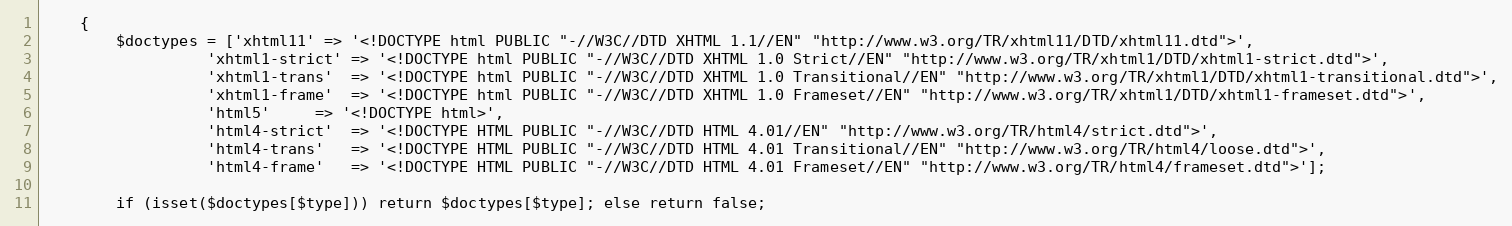
Language: PHP
    {
        $doctypes = ['xhtml11' => '<!DOCTYPE html PUBLIC "-//W3C//DTD XHTML 1.1//EN" "http://www.w3.org/TR/xhtml11/DTD/xhtml11.dtd">',
                  'xhtml1-strict' => '<!DOCTYPE html PUBLIC "-//W3C//DTD XHTML 1.0 Strict//EN" "http://www.w3.org/TR/xhtml1/DTD/xhtml1-strict.dtd">',
                  'xhtml1-trans'  => '<!DOCTYPE html PUBLIC "-//W3C//DTD XHTML 1.0 Transitional//EN" "http://www.w3.org/TR/xhtml1/DTD/xhtml1-transitional.dtd">',
                  'xhtml1-frame'  => '<!DOCTYPE html PUBLIC "-//W3C//DTD XHTML 1.0 Frameset//EN" "http://www.w3.org/TR/xhtml1/DTD/xhtml1-frameset.dtd">',
                  'html5'	  => '<!DOCTYPE html>',
                  'html4-strict'  => '<!DOCTYPE HTML PUBLIC "-//W3C//DTD HTML 4.01//EN" "http://www.w3.org/TR/html4/strict.dtd">',
                  'html4-trans'	  => '<!DOCTYPE HTML PUBLIC "-//W3C//DTD HTML 4.01 Transitional//EN" "http://www.w3.org/TR/html4/loose.dtd">',
                  'html4-frame'	  => '<!DOCTYPE HTML PUBLIC "-//W3C//DTD HTML 4.01 Frameset//EN" "http://www.w3.org/TR/html4/frameset.dtd">'];

        if (isset($doctypes[$type])) return $doctypes[$type]; else return false;